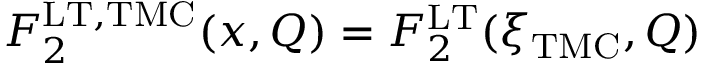
F _ { 2 } ^ { \mathrm { L T , T M C } } ( x , Q ) = F _ { 2 } ^ { \mathrm { L T } } ( \xi _ { \mathrm { T M C } } , Q )